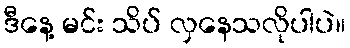
ဒီနေ့ မင်း သိပ် လှနေသလိုပါပဲ။